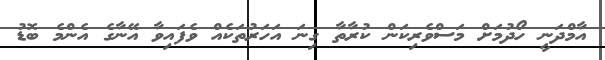
އާމްދަނީ ހޯދުމަށް މަސްވެރިކަން ކުރާތާ ގިނަ އަހަރުތަކެއް ވެފައިވާ އޭނާގެ އެންމެ ބޮޑު